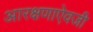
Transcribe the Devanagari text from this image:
आरक्षणाऐवजी